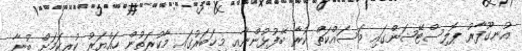
އުނގޫފާރު ޕޮލިސްޓޭޝަންގައި މަސައްކަތް ކުރާ ބޭފުޅުންނާއި މިޚަބަރުގައި މާކުރަތުން ހައްޔަރު ކުރިކަމަށް ބުނާ